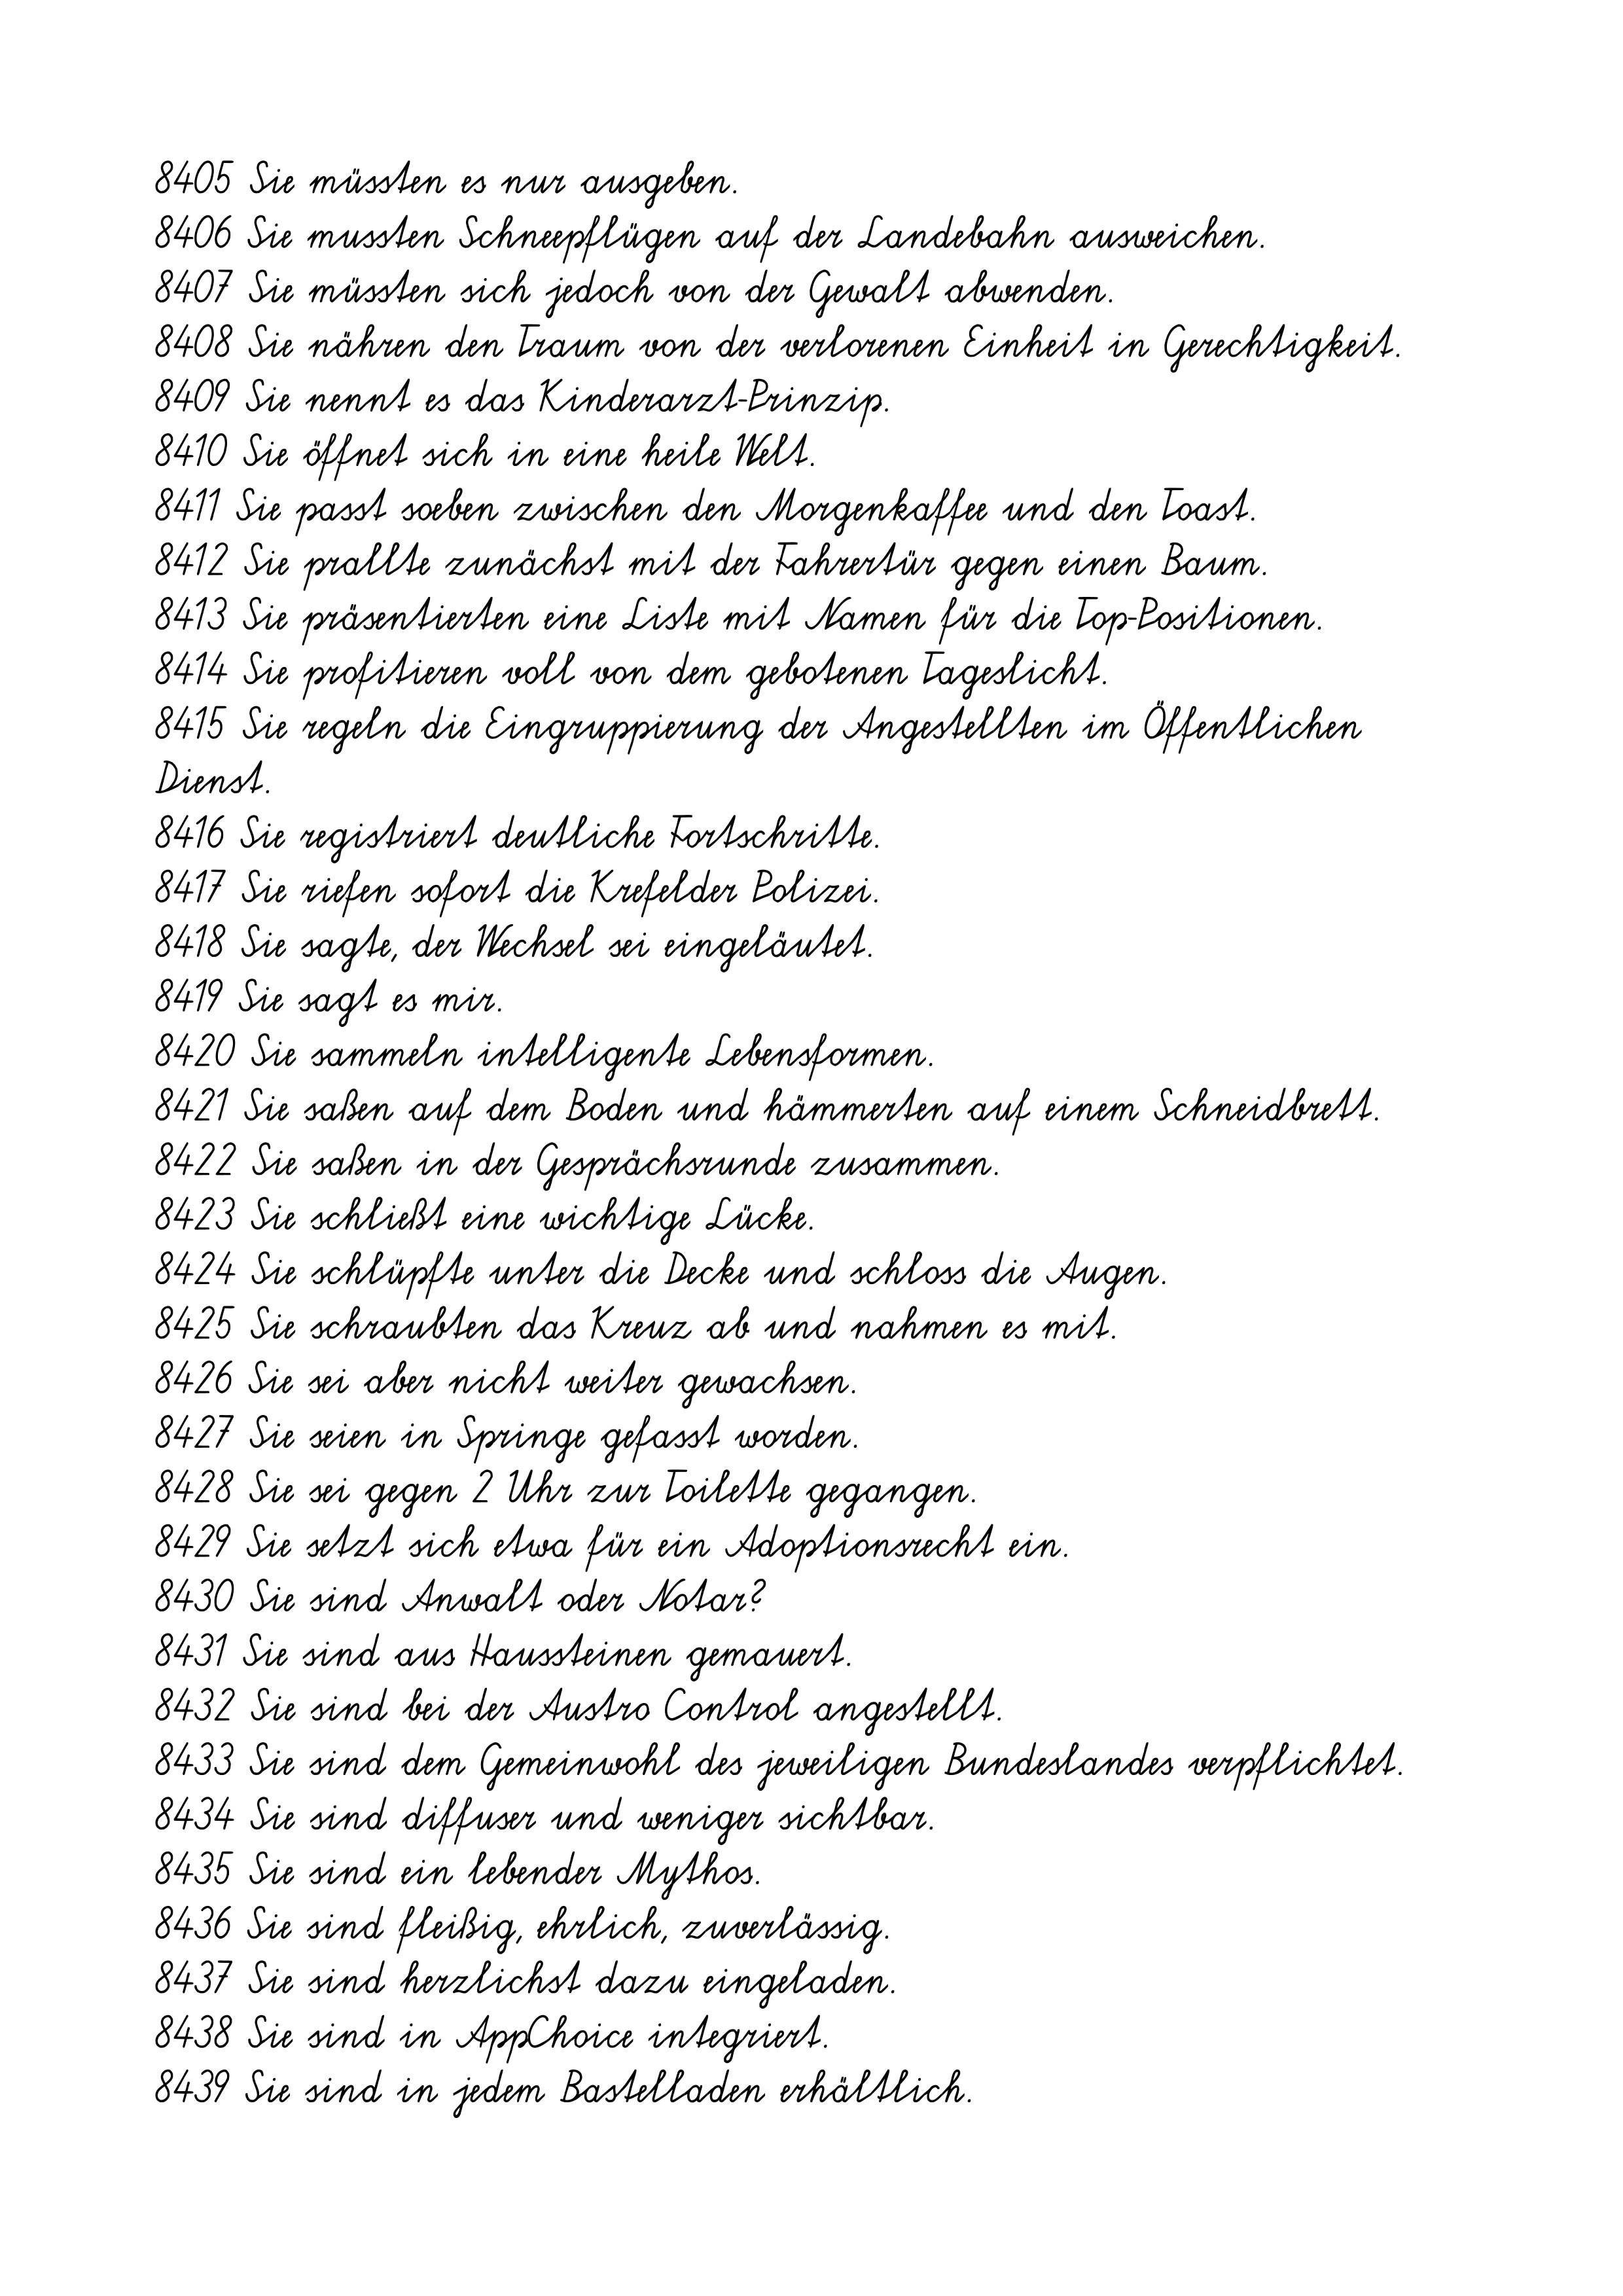
8405 Sie müssten es nur ausgeben.
8406 Sie mussten Schneepflügen auf der Landebahn ausweichen.
8407 Sie müssten sich jedoch von der Gewalt abwenden.
8408 Sie nähren den Traum von der verlorenen Einheit in Gerechtigkeit.
8409 Sie nennt es das Kinderarzt-Prinzip.
8410 Sie öffnet sich in eine heile Welt.
8411 Sie passt soeben zwischen den Morgenkaffee und den Toast.
8412 Sie prallte zunächst mit der Fahrertür gegen einen Baum.
8413 Sie präsentierten eine Liste mit Namen für die Top-Positionen.
8414 Sie profitieren voll von dem gebotenen Tageslicht.
8415 Sie regeln die Eingruppierung der Angestellten im Öffentlichen
Dienst.
8416 Sie registriert deutliche Fortschritte.
8417 Sie riefen sofort die Krefelder Polizei.
8418 Sie sagte, der Wechsel sei eingeläutet.
8419 Sie sagt es mir.
8420 Sie sammeln intelligente Lebensformen.
8421 Sie saßen auf dem Boden und hämmerten auf einem Schneidbrett.
8422 Sie saßen in der Gesprächsrunde zusammen.
8423 Sie schließt eine wichtige Lücke.
8424 Sie schlüpfte unter die Decke und schloss die Augen.
8425 Sie schraubten das Kreuz ab und nahmen es mit.
8426 Sie sei aber nicht weiter gewachsen.
8427 Sie seien in Springe gefasst worden.
8428 Sie sei gegen 2 Uhr zur Toilette gegangen.
8429 Sie setzt sich etwa für ein Adoptionsrecht ein.
8430 Sie sind Anwalt oder Notar?
8431 Sie sind aus Haussteinen gemauert.
8432 Sie sind bei der Austro Control angestellt.
8433 Sie sind dem Gemeinwohl des jeweiligen Bundeslandes verpflichtet.
8434 Sie sind diffuser und weniger sichtbar.
8435 Sie sind ein lebender Mythos.
8436 Sie sind fleißig, ehrlich, zuverlässig.
8437 Sie sind herzlichst dazu eingeladen.
8438 Sie sind in AppChoice integriert.
8439 Sie sind in jedem Bastelladen erhältlich.